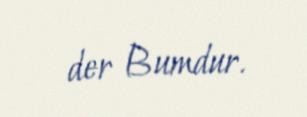
der Bumdur.